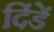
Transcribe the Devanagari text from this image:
दिंडें